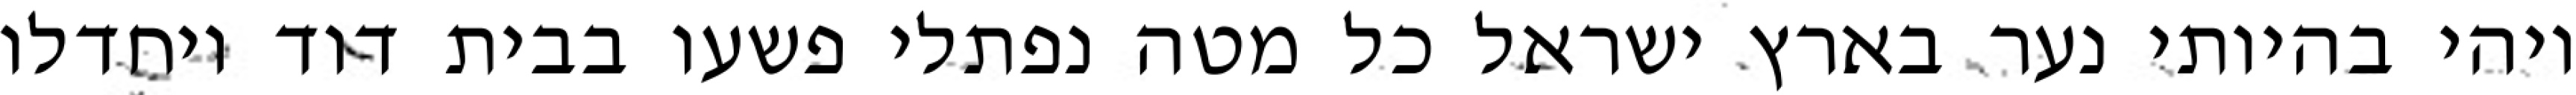
ויהי בהיותי נער בארץ ישראל כל מטה נפתלי פשעו בבית דוד ויחדלו